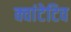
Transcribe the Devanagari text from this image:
क्वांटेटिव